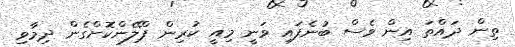
ތިން ދައްތަ އިން ވެސް ބުނެފައި ވަނީ މިއީ ކުރިން ޕްލޭންކޮށްގެން ދިމާވި